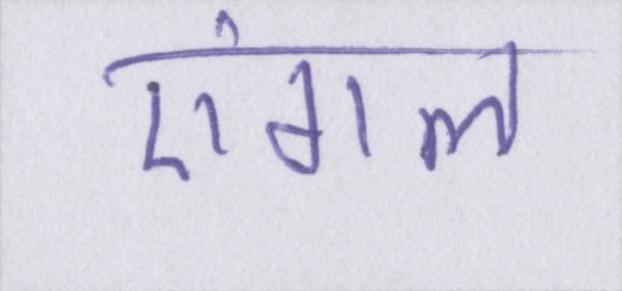
एंगल